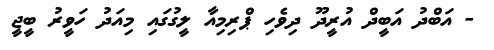
- އަބްދު އަބީދް އުރީދޫ ދިވެހި ޕްރިމިއާ ލީގުގައި މިއަދު ހަވީރު ބީޖީ